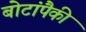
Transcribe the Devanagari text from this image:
बोटांपैकी